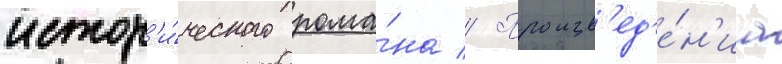
истор'и́ческого рома́на // Произв'ед'е́н'иа